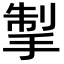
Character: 掣